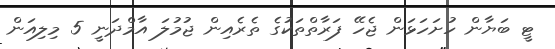
ޓީ ބަޔާން ހުށަހަޅަން ޖެހޭ ފަރާތްތަކުގެ ތެރެއިން ޖުމުލަ އާމްދަނީ 5 މިލިއަން